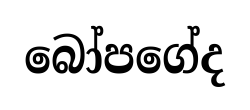
බෝපගේද